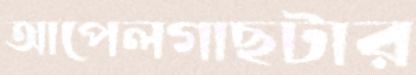
আপেলগাছটার